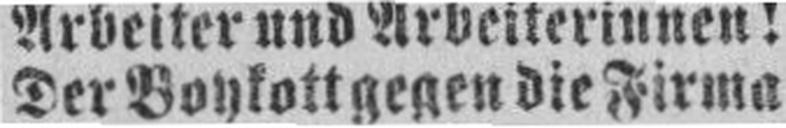
Der Boykott gegen die Firma